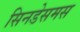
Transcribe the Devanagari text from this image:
सिनडेसमस